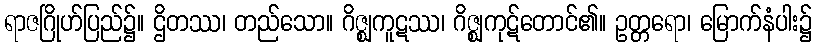
ရာဇဂြိုဟ်ပြည်၌။ ဌိတဿ၊ တည်သော။ ဂိဇ္ဈကူဋဿ၊ ဂိဇ္ဈကုဋ်တောင်၏။ ဥတ္တရော၊ မြောက်နံပါး၌